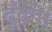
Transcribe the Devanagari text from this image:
ढूँढ़ेगे।